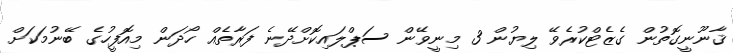
ޤާނޫނީގޮތުން ގެޒެޓްކުރެވޭ ލިޔުން 3 މިނީވޭން ސަޕްލައިކޮށްދޭނެ ފަރާތެއް ހޯދަން މިއޮފީހުގެ ބޭނުމަކަށް